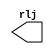
module reloj (rlj);
  output  rlj;
  reg     rlj;

  initial
    rlj = 0;

  always
    rlj = #5 ~rlj;

endmodule